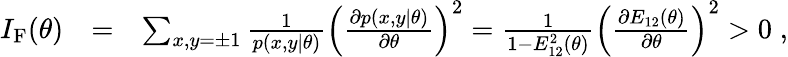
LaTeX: \begin{array}{rlr}{I_{\mathrm{F}}(\theta)}&{=}&{\sum_{x,y=\pm 1}\frac{1}{p(x,y|\theta)}\left(\frac{\partial p(x,y|\theta)}{\partial\theta}\right)^{2}=\frac{1}{1-E_{12}^{2}(\theta)}\left(\frac{\partial E_{12}(\theta)}{\partial\theta}\right)^{2}>0\; ,}\end{array}